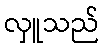
လှူသည်